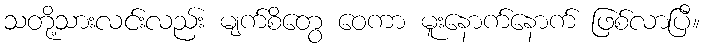
သတို့သားလင်းလည်း မျက်စိတွေ ဝေကာ မူးနောက်နောက် ဖြစ်လာပြီ။